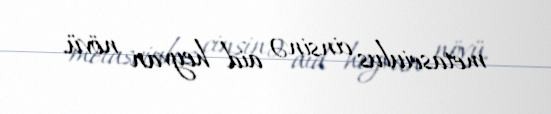
metaseiulus cinsinə aid heyvan növü.